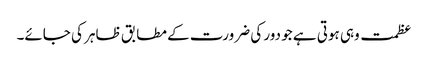
عظمت وہی ہوتی ہے جو دور کی ضرورت کے مطابق ظاہر کی جائے۔